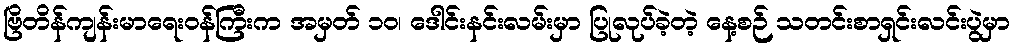
ဗြိတိန်ကျန်းမာရေးဝန်ကြီးက အမှတ် ၁၀၊ ဒေါင်းနင်းလမ်းမှာ ပြုလုပ်ခဲ့တဲ့ နေ့စဉ် သတင်းစာရှင်းလင်းပွဲမှာ